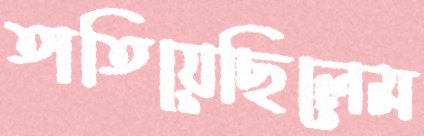
তাতিয়েছিলেম